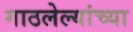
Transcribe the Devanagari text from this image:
गाठलेल्यांच्या